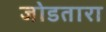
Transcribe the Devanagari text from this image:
जोडतारा